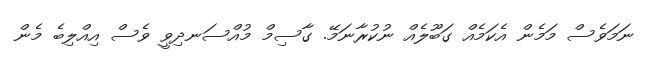
ނަމަވެސް މަމެން އެކަމެއް ގަބޫލެއް ނުކުރާނަމޭ. ގާސިމް މުއްސަނދިވީ ވެސް އިއްލިބެ މެން